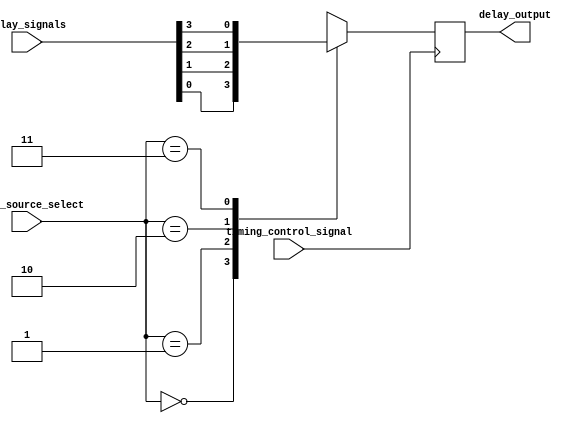
module Multiplexer_Delay (
    input wire timing_control_signal,
    input wire [1:0] delay_source_select,
    input wire [3:0] delay_signals,
    output reg delay_output
);

always @ (posedge timing_control_signal) begin
    case (delay_source_select)
        2'b00: delay_output <= delay_signals[0];
        2'b01: delay_output <= delay_signals[1];
        2'b10: delay_output <= delay_signals[2];
        2'b11: delay_output <= delay_signals[3];
        default: delay_output <= 0;
    endcase
end

endmodule